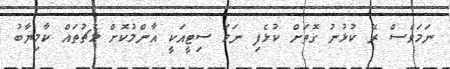
ނަމަވެސް ރޭ ކުޅުނު ގޮތަށް ކުޅެފި ނަމަ ސިޓީއަކީ އާންމުކޮށް މެޗުތައް ކާމިޔާބު